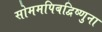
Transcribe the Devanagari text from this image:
सोममपिबद्विष्णुना